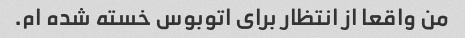
من واقعا از انتظار برای اتوبوس خسته شده ام.